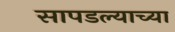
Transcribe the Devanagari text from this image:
सापडल्याच्या